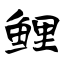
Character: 鲤